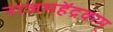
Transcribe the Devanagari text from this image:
राजमहेंद्रवरम्